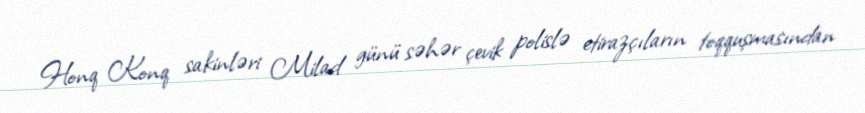
Honq Konq sakinləri Milad günü səhər çevik polislə etirazçıların toqquşmasından